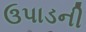
ઉપાડની